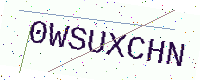
Text: 0WSUXCHN